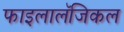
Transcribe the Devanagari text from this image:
फाइलालॅजिकल